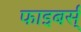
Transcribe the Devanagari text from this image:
फाइबर्स्